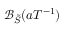
\mathcal { B } _ { \tilde { S } } ( a T ^ { - 1 } )